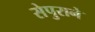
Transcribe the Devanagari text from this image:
सेपुराने